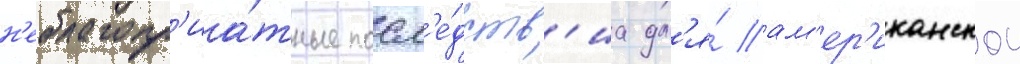
н'еблагопр'иа́тные посл'е́дств'иа дл'я́ ам'ер'иканскои